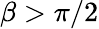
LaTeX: \beta>\pi/2